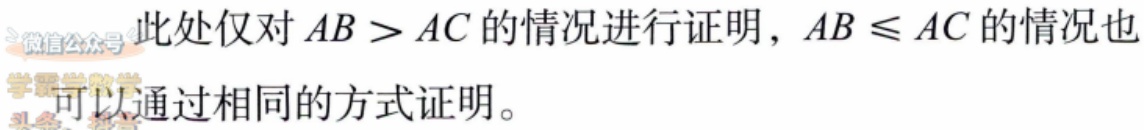
此处仅对 \(AB > AC\) 的情况进行证明，\(AB \leq AC\) 的情况也可以通过相同的方式证明。